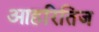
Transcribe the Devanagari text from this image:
आहरितिज